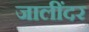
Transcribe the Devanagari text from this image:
जालींदर